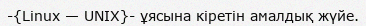
-{Linux — UNIX}- ұясына кіретін амалдық жүйе.